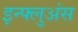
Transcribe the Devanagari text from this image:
इन्फ्लुअंस